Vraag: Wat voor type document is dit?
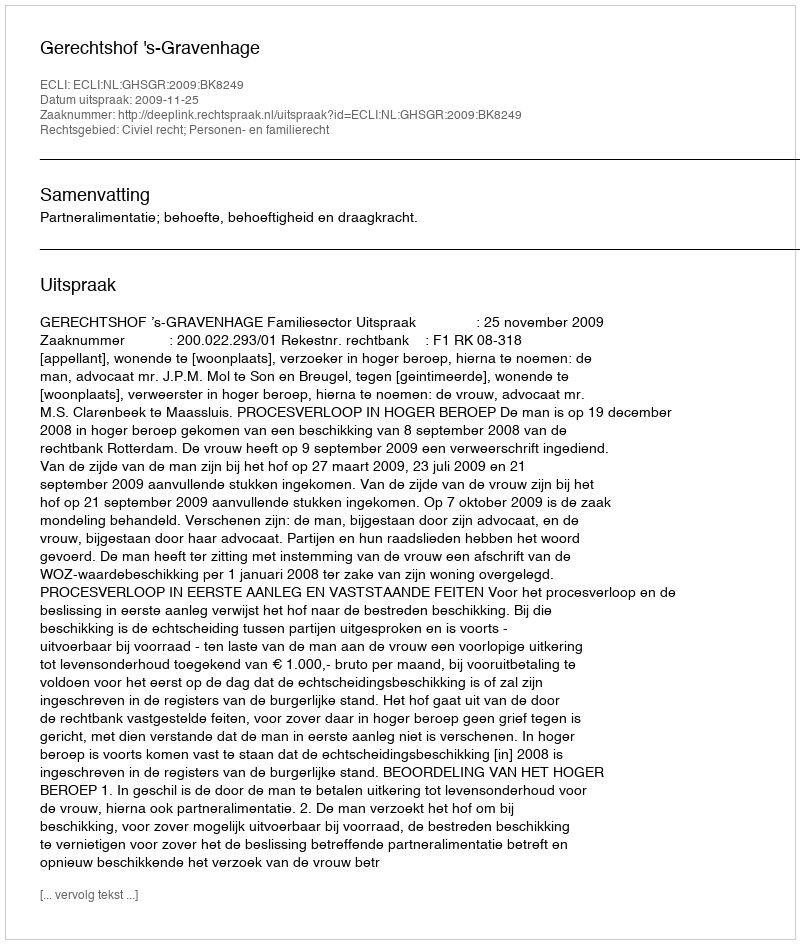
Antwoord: Uitspraak